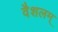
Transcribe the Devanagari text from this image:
वैशलम्